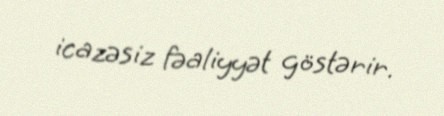
icazəsiz fəaliyyət göstərir.